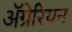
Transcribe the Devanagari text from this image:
ॲग्रेरियन